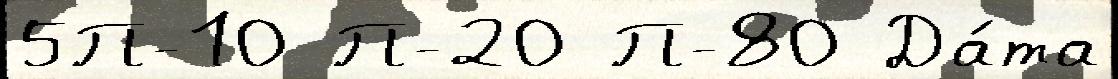
5П-10 П-20 П-80 Да́та